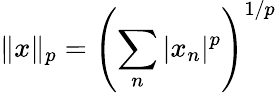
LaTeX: \| x\| _{p}=\left(\sum_{n}|x_{n}|^{p}\right)^{1/p}